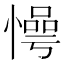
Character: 𱟊